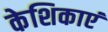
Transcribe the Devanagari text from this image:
केशिकाएं